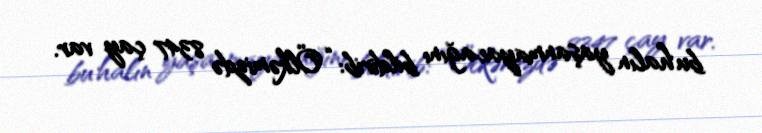
bu halın yaşanmayacağını bildirib: “Ölkəmizdə 8347 çay var.